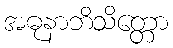
အဓုနာဘိသိတ္တော